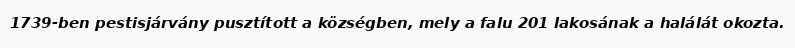
1739-ben pestisjárvány pusztított a községben, mely a falu 201 lakosának a halálát okozta.